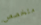
متخصص